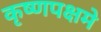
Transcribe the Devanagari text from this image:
कृष्णपक्षमे